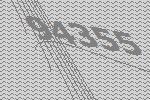
94355